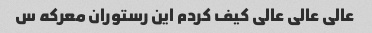
عالی عالی عالی کیف کردم این رستوران معرکه س